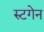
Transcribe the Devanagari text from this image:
रुटगेन